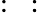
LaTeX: :~: